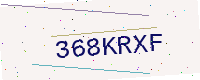
Text: 368KRXF